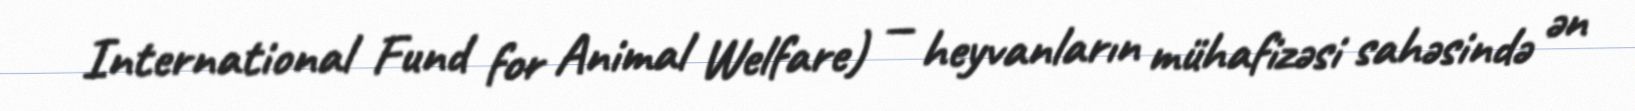
International Fund for Animal Welfare) — heyvanların mühafizəsi sahəsində ən